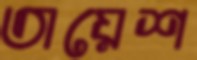
তায়েশ